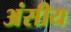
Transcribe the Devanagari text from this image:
अंसीय